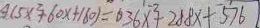
4 ( 5 x ^ { 2 } + 6 0 x + 1 6 0 ) = 6 3 6 x ^ { 2 } + 2 8 8 x + 5 7 6